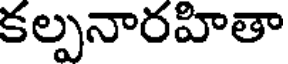
కల్పనారహితా